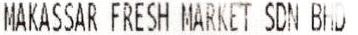
MAKASSAR FRESH MARKET SDN BHD